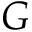
G